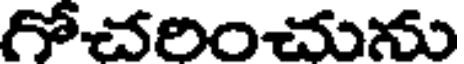
గోచరించును